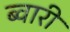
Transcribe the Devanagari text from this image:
ब्वारी